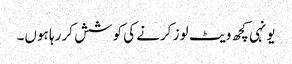
یونہی کچھ ویٹ لوز کرنے کی کوشش کر رہا ہوں۔